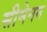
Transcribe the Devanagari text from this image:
सीमेनन